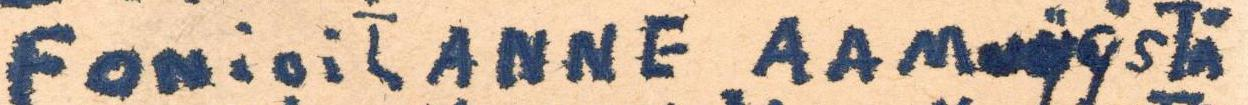
FONioitANNE AAMuyösTä